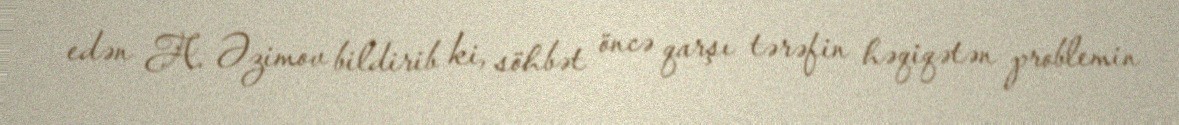
edən A. Əzimov bildirib ki, söhbət öncə qarşı tərəfin həqiqətən problemin